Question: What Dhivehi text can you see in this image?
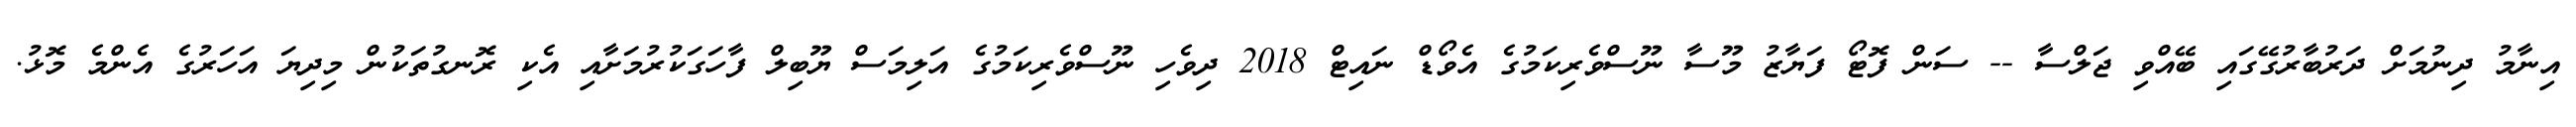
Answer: އިނާމު ދިނުމަށް ދަރުބާރުގޭގައި ބޭއްވި ޖަލްސާ -- ސަން ފޮޓޯ ފަޔާޒު މޫސާ ނޫސްވެރިކަމުގެ އެވޯޑް ނައިޓް 2018 ދިވެހި ނޫސްވެރިކަމުގެ އަލިމަސް ޔޫބިލް ފާހަގަކުރުމަށާއި އެކި ރޮނގުތަކުން މިދިޔަ އަހަރުގެ އެންމެ މޮޅު.